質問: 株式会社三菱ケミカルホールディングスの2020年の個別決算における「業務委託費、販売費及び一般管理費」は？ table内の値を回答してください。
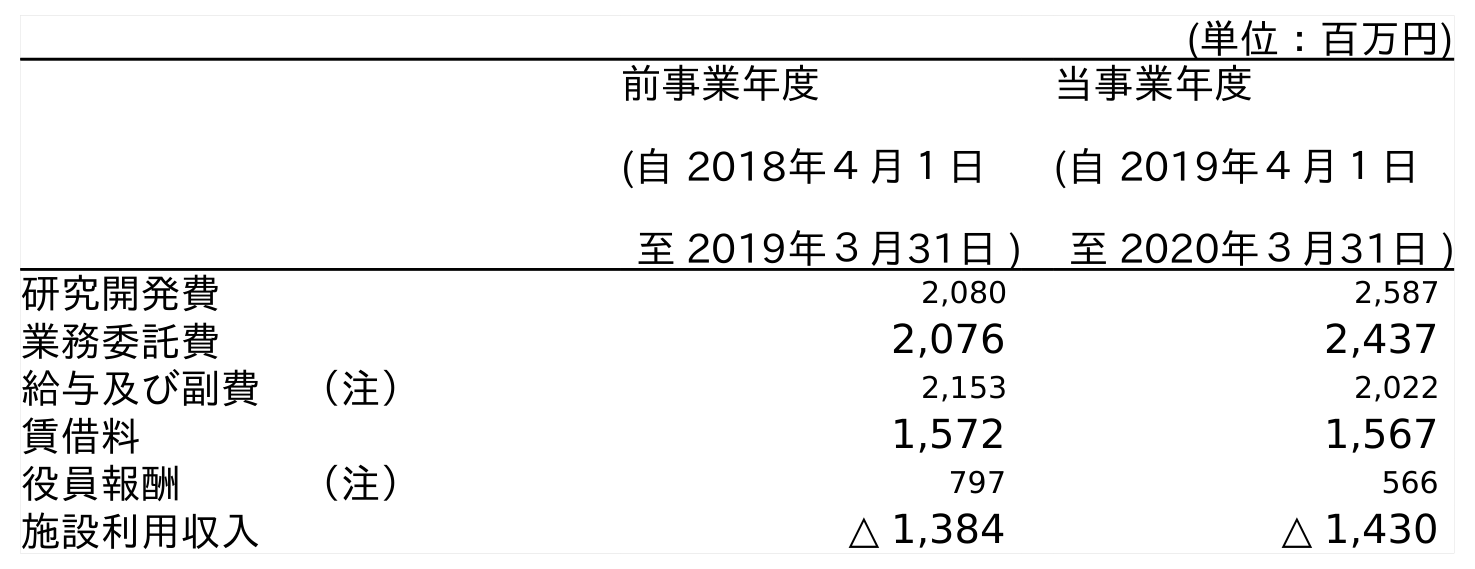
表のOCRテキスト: (単位：百万円) 前事業年度 (自 2018年４月１日 至 2019年３月31日 ) 当事業年度 (自 2019年４月１日 至 2020年３月31日 ) 研究開発費 2,080 2,587 業務委託費 2,076 2,437 給与及び副費 （注） 2,153 2,022 賃借料 1,572 1,567 役員報酬   （注） 797 566 施設利用収入 △ 1,384 △ 1,430
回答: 2,437